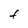
Character: F